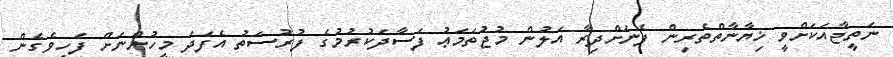
ނަތީޖާއަކަށްވީ ޚިޔާނާތްތެރިން ފެނަށްދިރާ އަލުން މުޖުތަމަޢު ފަސާދަކުރުމުގެ ފުރުސަތު އެފަދަ މީހުންނަށް ފަހިވެގެން